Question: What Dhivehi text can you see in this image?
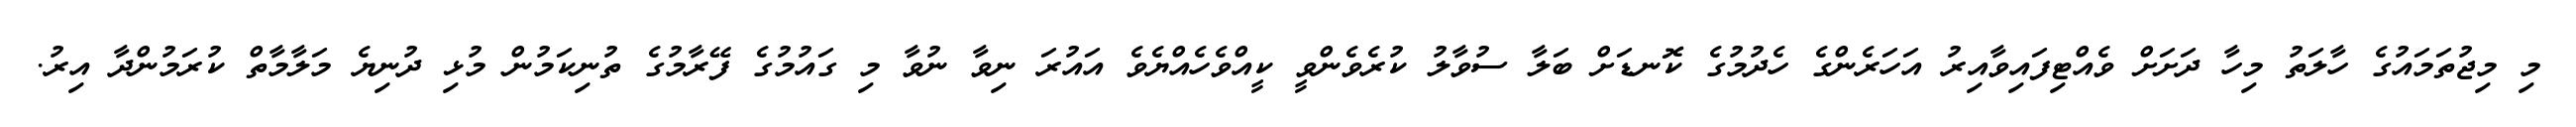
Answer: މި މިޖުތަމައުގެ ހާލަތު މިހާ ދަށަށް ވެއްޓިފައިވާއިރު އަހަރެންގެ ހެދުމުގެ ކޮނޑަށް ބަލާ ސުވާލު ކުރެވެންވީ ކީއްވެހެއްޔެވެ އައުރަ ނިވާ ނުވާ މި ގައުމުގެ ފޭރާމުގެ ތުނިކަމުން މުޅި ދުނިޔެ މަލާމާތް ކުރަމުންދާ އިރު.